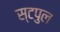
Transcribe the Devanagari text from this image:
स्टपुल